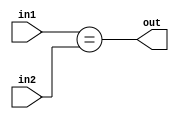
module check_eq(in1, in2, out);
	
	output out;
	
	input [15:0] in1, in2;
	
	assign out = (in1==in2);
	
endmodule